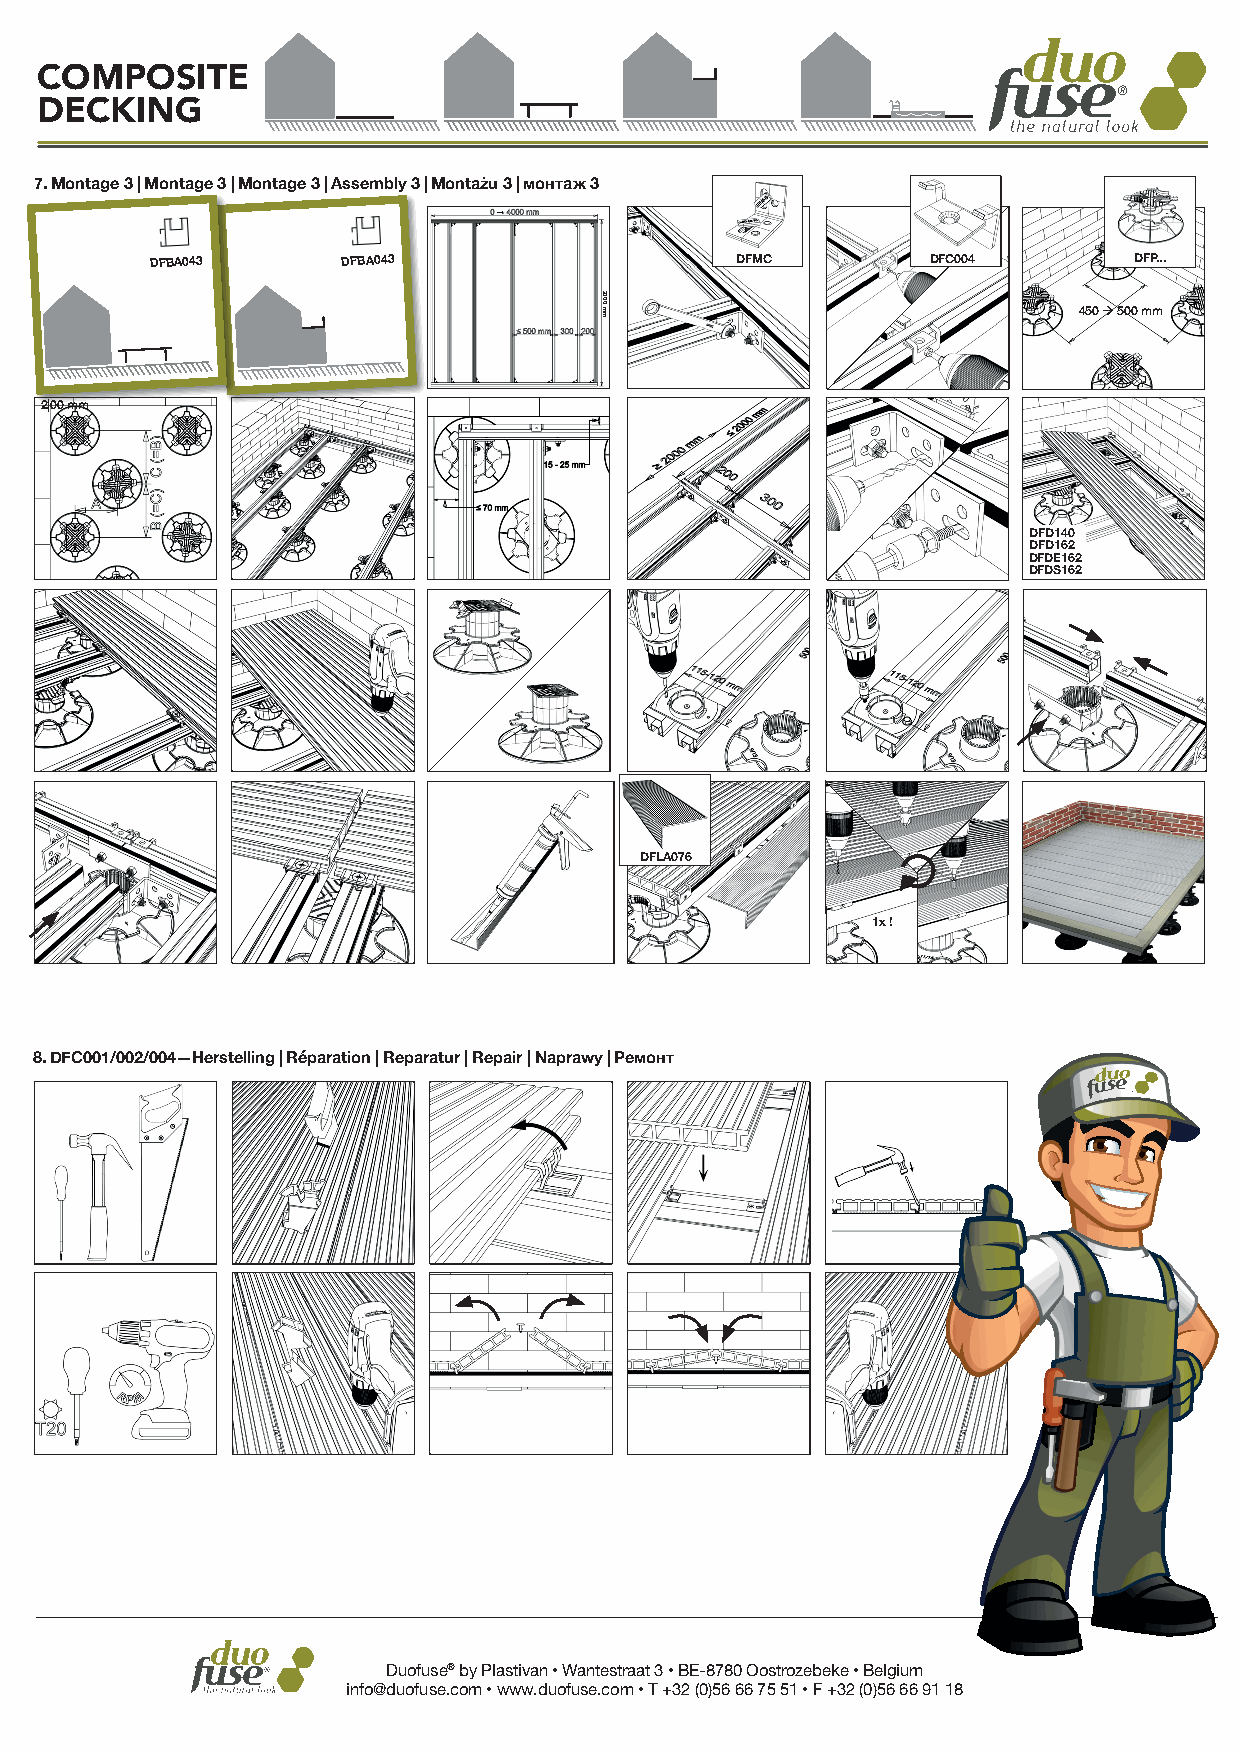
COMPOSITE
 DECKING
 7. Montage 3 | Montage 3 | Montage 3 | Assembly 3 | Montażu 3 | монтаж 3
 DFBA043      DFBA043                   DFMC        DFC004        DFP...
 450  500 mm
 2|00 mm
 DFD140
 DFD162
 DFDE162
 DFDS162
 DFLA076
 1x !
 8. DFC001/002/004—Herstelling | Réparation | Reparatur | Repair | Naprawy | Ремонт
 Duofuse® by Plastivan • Wantestraat 3 • BE-8780 Oostrozebeke • Belgium
 info@duofuse.com • www.duofuse.com • T +32 (0)56 66 75 51 • F +32 (0)56 66 91 18
 2000
 mm